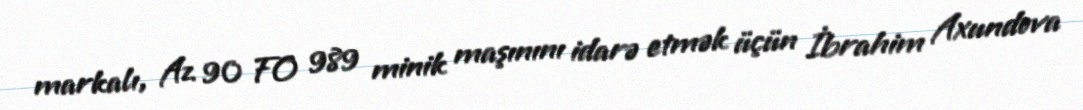
markalı, Az 90 FO 989 minik maşınını idarə etmək üçün İbrahim Axundova